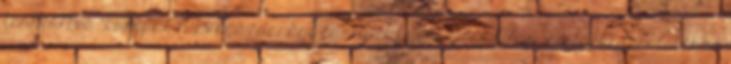
fenntartva "Európai Mezőgazdasági és Vidékfejlesztési Alap: a vidéki területekbe